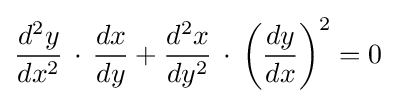
{\frac {d^{2}y}{dx^{2}}}\,\cdot \,{\frac {dx}{dy}}+{\frac {d^{2}x}{dy^{2}}}\,\cdot \,\left({\frac {dy}{dx}}\right)^{2}=0